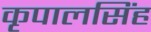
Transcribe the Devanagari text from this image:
कृपालसिंह